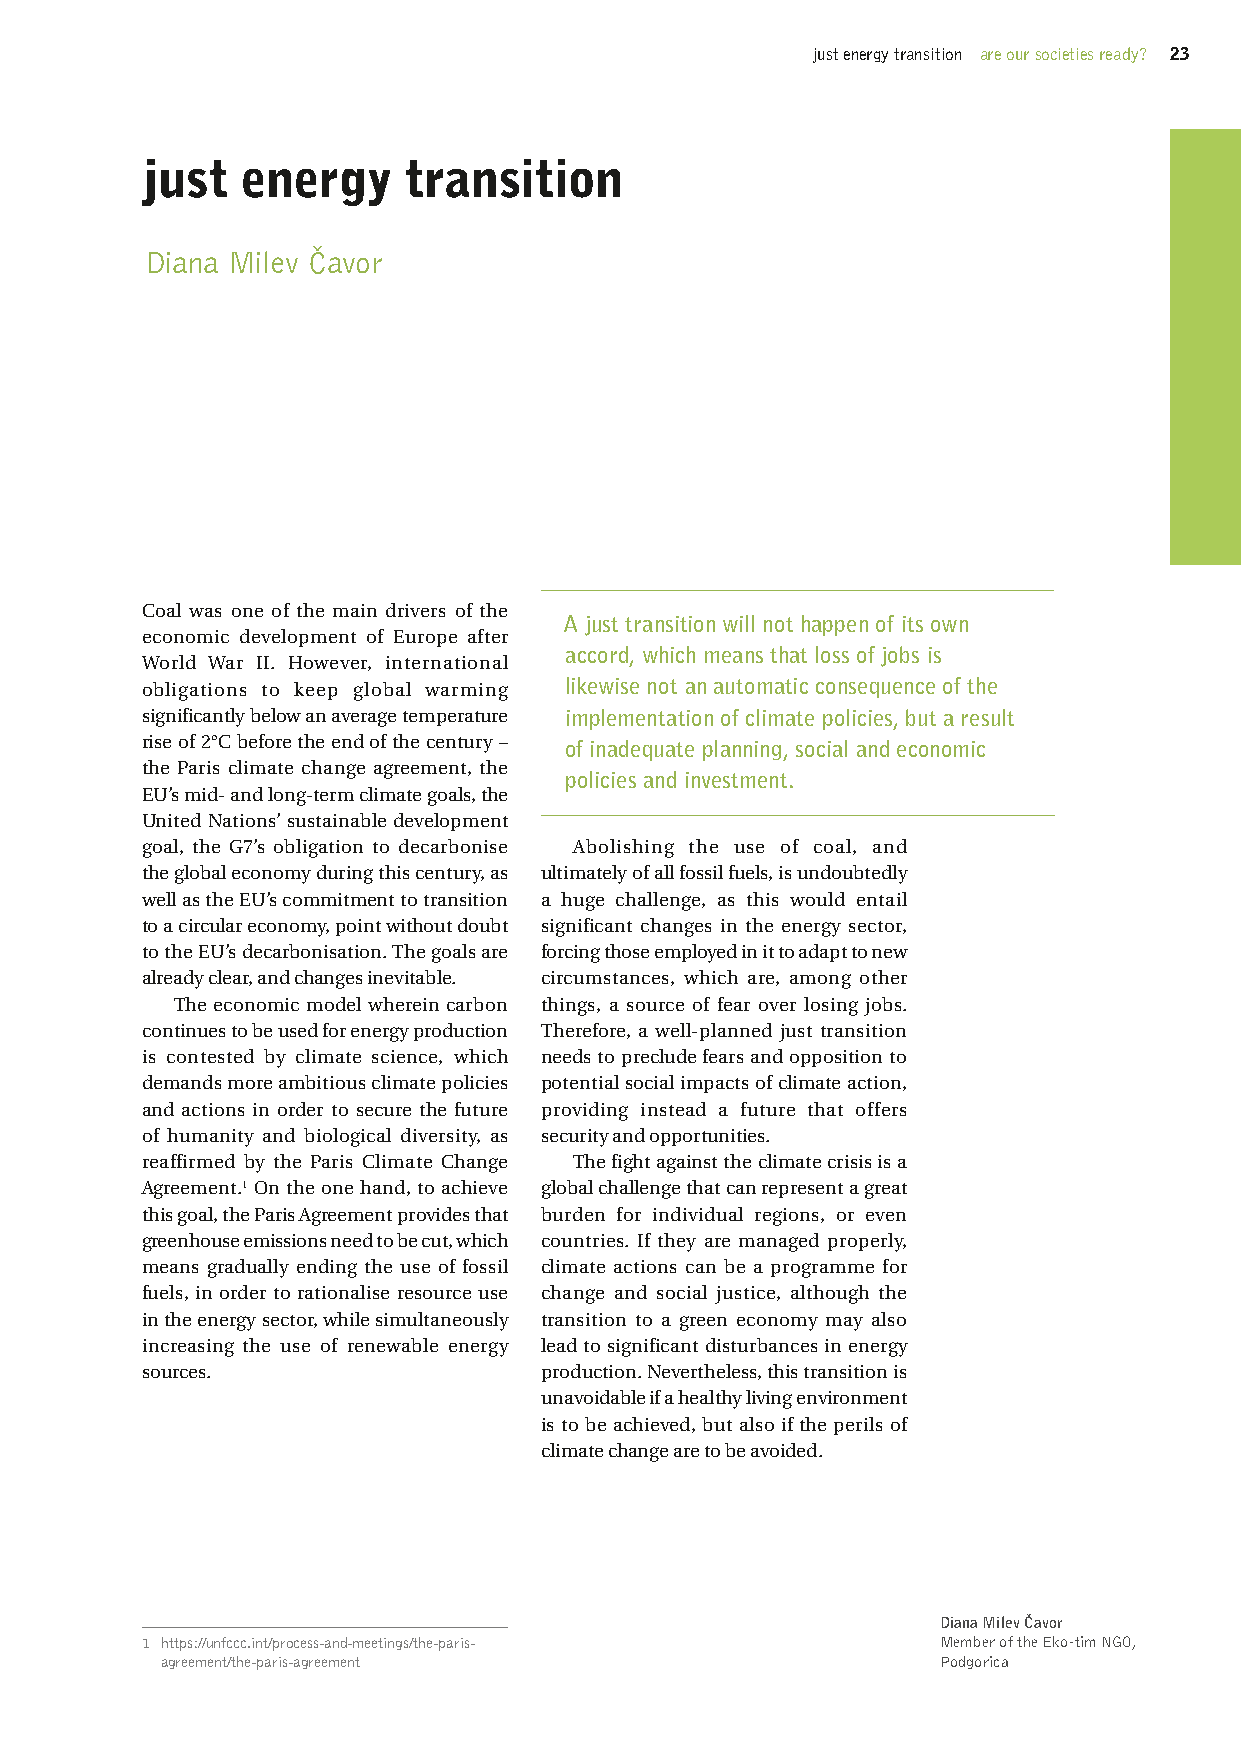
just energy transition are our societies ready? 23
 just   energy     transition
 Diana Milev Čavor
 Coal was one of the main drivers of the
 A just transition will not happen of its own
 economic development of Europe after
 accord, which means that loss of jobs is
 World War II. However, international
 obligations to keep global warming likewise not an automatic consequence of the
 significantly below an average temperature implementation of climate policies, but a result
 rise of 2°C before the end of the century – of inadequate planning, social and economic
 the Paris climate change agreement, the
 policies and investment.
 EU’s mid- and long-term climate goals, the
 United Nations’ sustainable development
 goal, the G7’s obligation to decarbonise Abolishing the use of coal, and
 the global economy during this century, as ultimately of all fossil fuels, is undoubtedly
 well as the EU’s commitment to transition a huge challenge, as this would entail
 to a circular economy, point without doubt significant changes in the energy sector,
 to the EU’s decarbonisation. The goals are forcing those employed in it to adapt to new
 already clear, and changes inevitable. circumstances, which are, among other
 The economic model wherein carbon things, a source of fear over losing jobs.
 continues to be used for energy production Therefore, a well-planned just transition
 is contested by climate science, which needs to preclude fears and opposition to
 demands more ambitious climate policies potential social impacts of climate action,
 and actions in order to secure the future providing instead a future that offers
 of humanity and biological diversity, as security and opportunities.
 reaffirmed by the Paris Climate Change The fight against the climate crisis is a
 Agreement.1 On the one hand, to achieve global challenge that can represent a great
 this goal, the Paris Agreement provides that burden for individual regions, or even
 greenhouse emissions need to be cut, which countries. If they are managed properly,
 means gradually ending the use of fossil climate actions can be a programme for
 fuels, in order to rationalise resource use change and social justice, although the
 in the energy sector, while simultaneously transition to a green economy may also
 increasing the use of renewable energy lead to significant disturbances in energy
 sources.                   production. Nevertheless, this transition is
 unavoidable if a healthy living environment
 is to be achieved, but also if the perils of
 climate change are to be avoided.
 Diana Milev Čavor
 1 https://unfccc.int/process-and-meetings/the-paris- Member of the Eko-tim NGO,
 agreement/the-paris-agreement                      Podgorica